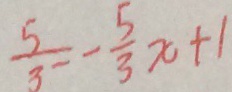
\frac { 5 } { 3 } = - \frac { 5 } { 3 } x + 1